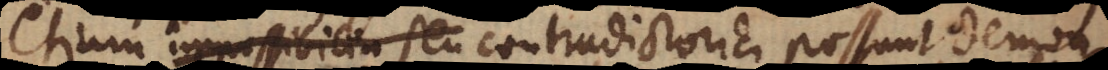
etiam impossibilia seu contradictoria possunt demonstrari,